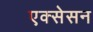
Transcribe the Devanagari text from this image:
एक्सेसन